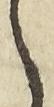
之